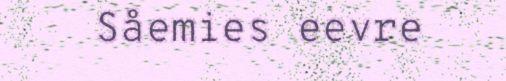
Såemies eevre